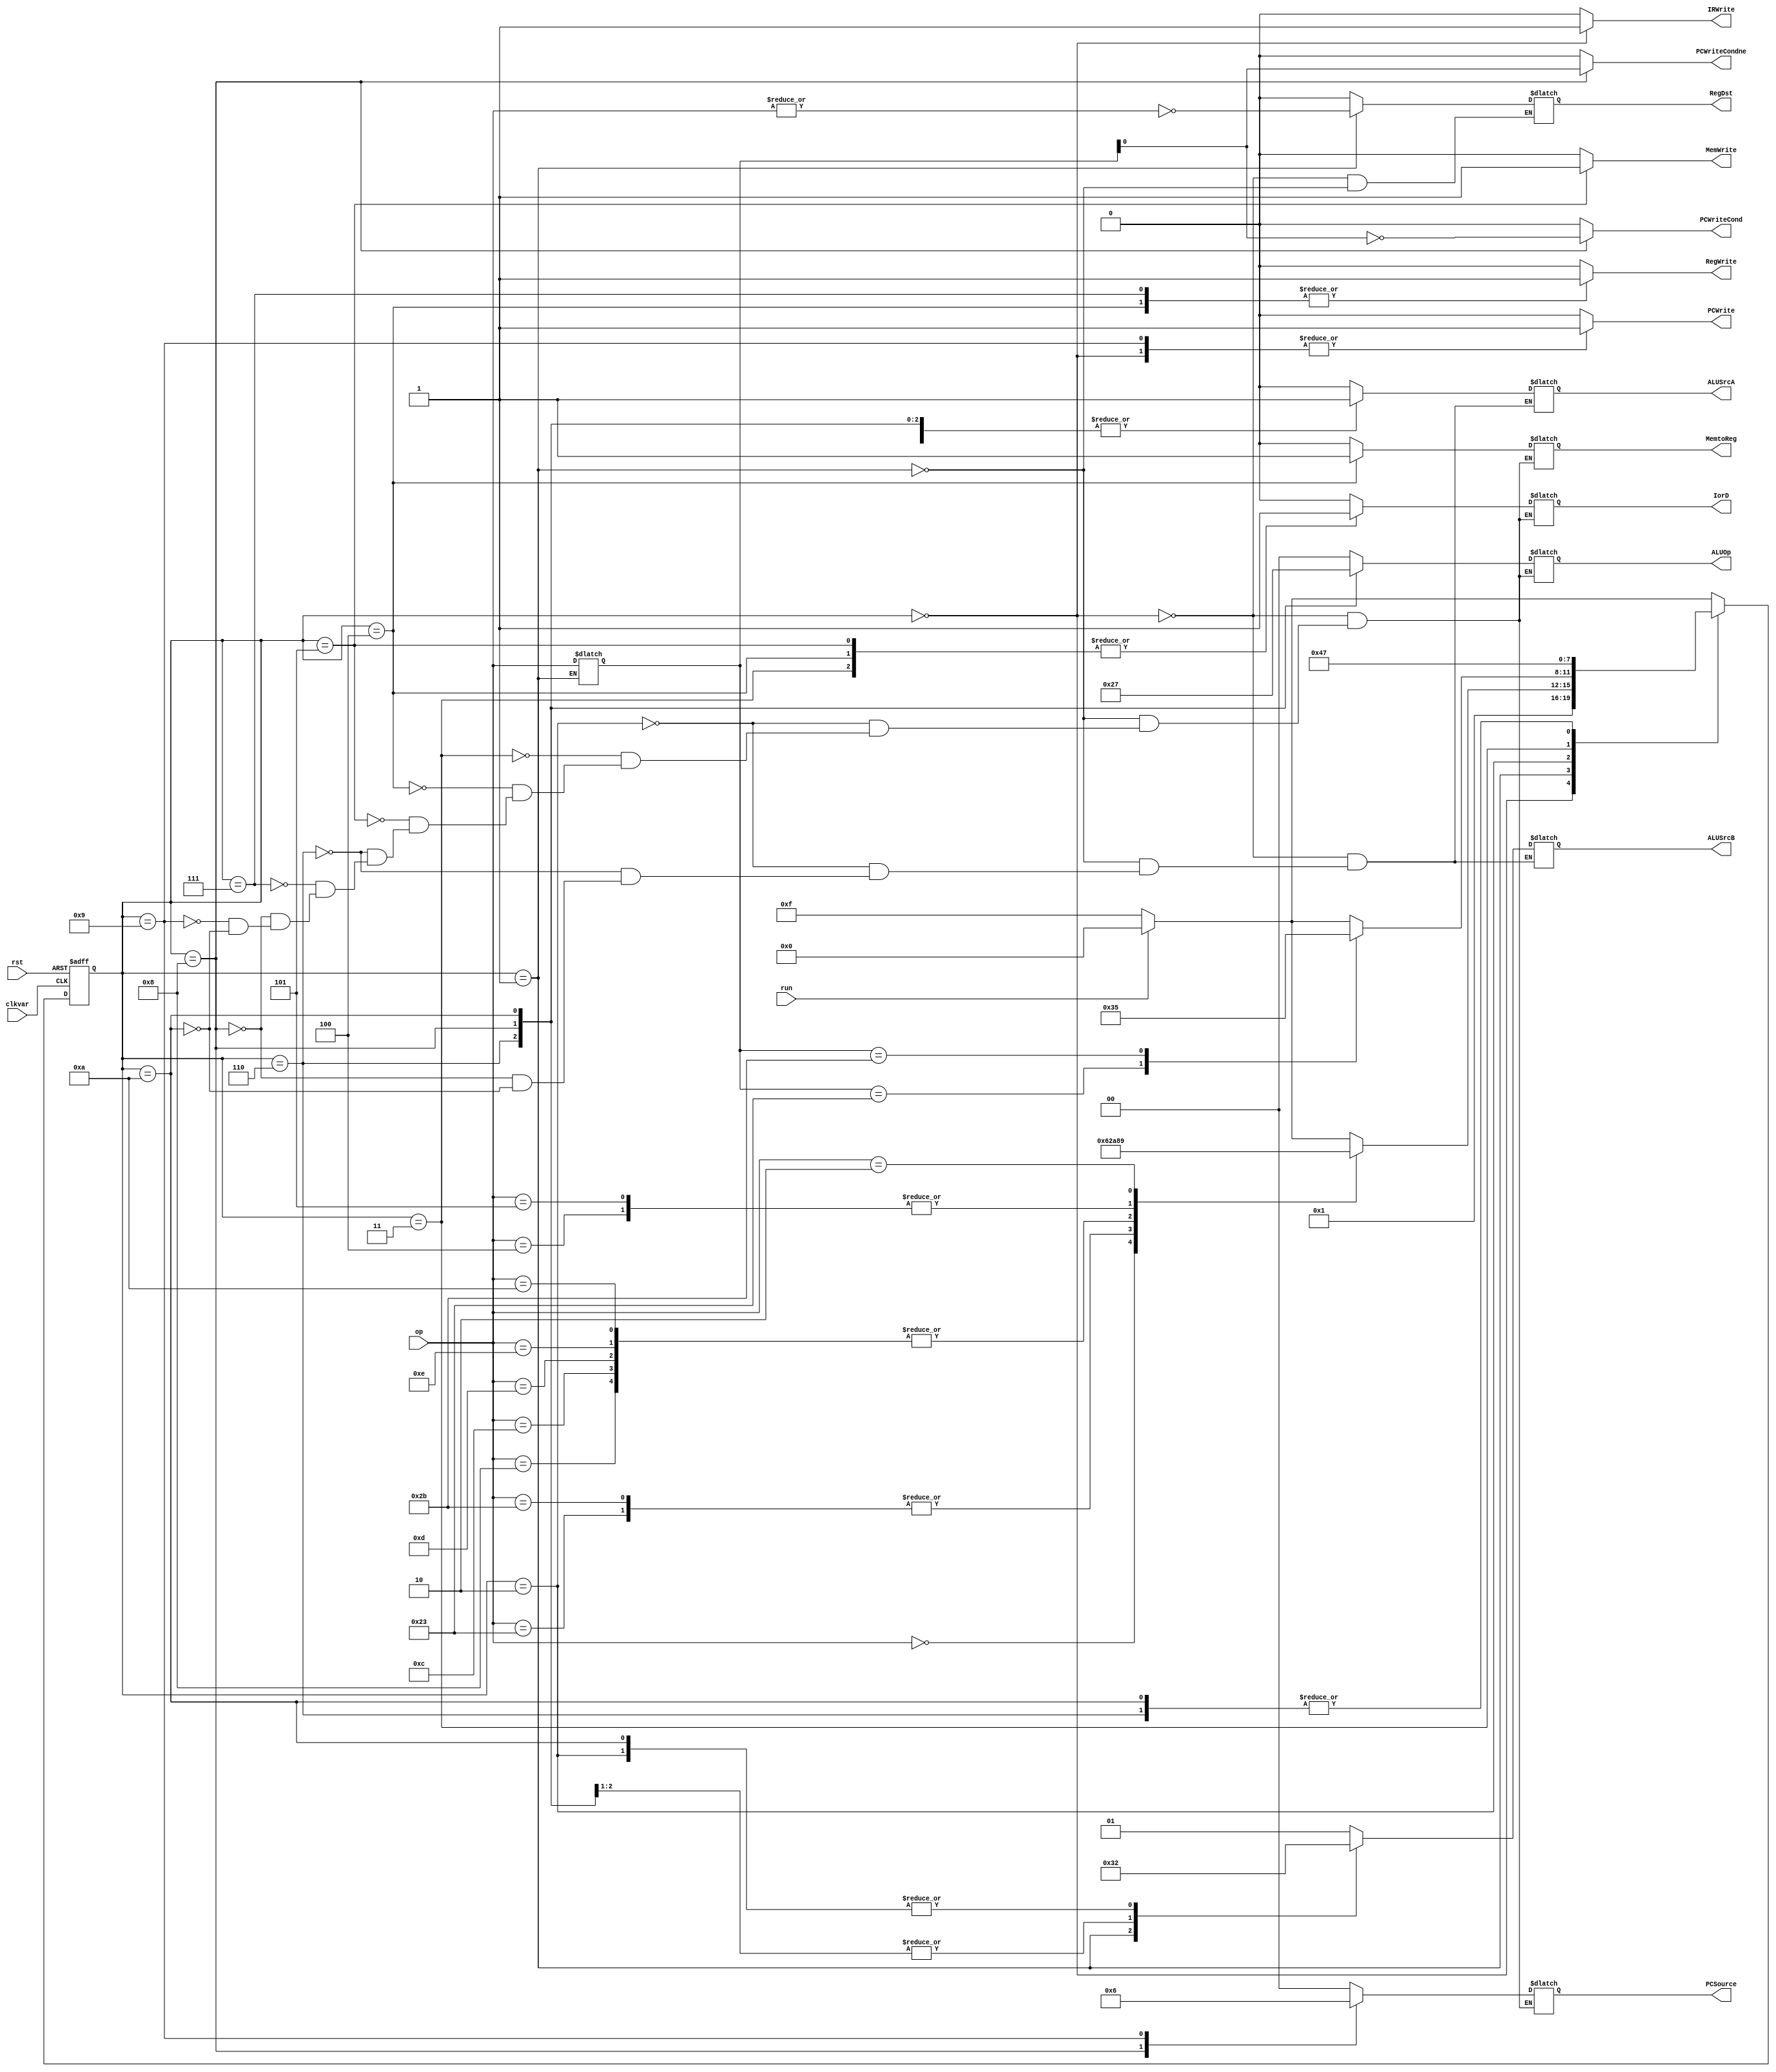
`timescale 1ns / 1ps
//////////////////////////////////////////////////////////////////////////////////
// Company:
// Engineer:
//
// Design Name:
// Module Name: Contral
// Project Name:
// Target Devices:
// Tool Versions:
// Description:
//
// Dependencies:
//
// Revision:
// Revision 0.01 - File Created
// Additional Comments:
//
//////////////////////////////////////////////////////////////////////////////////


module Contral(
    input run,
    input [5:0] op,
    input clkvar,
    input rst,
    output reg PCWriteCond,
    output reg PCWriteCondne,
    output reg PCWrite,
    output reg IRWrite,
    output reg [1:0] ALUOp,
    output reg [1:0] ALUSrcB,
    output reg ALUSrcA,
    output reg RegDst,
    output reg [1:0] PCSource,
    output reg RegWrite,
    output reg IorD,
    //output reg MemRead,
    output reg MemWrite,
    output reg MemtoReg
    );
    reg [3:0] st,nst;
    reg [5:0] opreg;
    parameter RST = 4'b1111;
    always @ (posedge clkvar or posedge rst)
    begin
        if(rst) st<=RST;
        else st<=nst;
    end

    always @ *
    begin
    case(st)
        RST:begin
            PCWriteCond<=0;
            PCWriteCondne<=0;
            PCWrite<=0;
            IRWrite<=0;
            RegWrite<=0;
            MemWrite<=0;
            nst<=run?4'b0000:RST;
        end

        4'b0000:begin  //if
            PCWriteCond<=0;
			PCWriteCondne<=0;
            PCWrite<=1;
            IRWrite<=1;
            ALUSrcA<=0;
            ALUSrcB<=2'b01;
            ALUOp<=2'b00;
            RegDst<=0;//
            PCSource<=2'b00;
            RegWrite<=0;
            IorD<=0;
            MemWrite<=0;
            MemtoReg<=0;//

            nst<=4'b0001;
        end

        4'b0001:begin//id
            PCWriteCond<=0;
			PCWriteCondne<=0;
            PCWrite<=0;
            IRWrite<=0;
            ALUSrcA<=0;
            ALUSrcB<=2'b11;
            ALUOp<=2'b00;
            RegDst<=~|op;//
            PCSource<=2'b00;//
            RegWrite<=0;
            IorD<=0;//
            MemWrite<=0;
            MemtoReg<=0;//

            opreg<=op;
            case(op)
                6'b000000: nst<=4'b0110;//Rtype
                6'b100011: nst<=4'b0010;//lw
                6'b101011: nst<=4'b0010;//sw
                6'b001000: nst<=4'b1010;//addi
                6'b001100: nst<=4'b1010;//andi
                6'b001101: nst<=4'b1010;//ori
                6'b001110: nst<=4'b1010;//xori
                6'b001010: nst<=4'b1010;//slti
                6'b000100: nst<=4'b1000;//beq
                6'b000101: nst<=4'b1000;//bne
                6'b000010: nst<=4'b1001;//j
                default:nst<=run?4'b0000:RST;
            endcase
        end

        4'b0010:begin//ex lwsw
            PCWriteCond<=0;
			PCWriteCondne<=0;
            PCWrite<=0;
            IRWrite<=0;
            ALUSrcA<=1;
            ALUSrcB<=2'b10;
            ALUOp<=2'b00;
            //RegDst<=~|op;//
            PCSource<=2'b00;//
            RegWrite<=0;
            IorD<=0;//
            MemWrite<=0;
            MemtoReg<=0;//

            case(opreg)
                6'b100011: nst<=4'b0011;//lw
                6'b101011: nst<=4'b0101;//sw
                default:nst<=run?4'b0000:RST;
            endcase
        end

        4'b0011:begin//lw mem
            PCWriteCond<=0;
			PCWriteCondne<=0;
            PCWrite<=0;
            IRWrite<=0;
            //ALUSrcA<=1;
            //ALUSrcB<=2'b10;
            ALUOp<=2'b00;//
            //RegDst<=~|op;//
            PCSource<=2'b00;//
            RegWrite<=0;
            IorD<=1;
            MemWrite<=0;
            MemtoReg<=0;//

            nst<=4'b0100;
        end

        4'b0100:begin//lw rb
            PCWriteCond<=0;
			PCWriteCondne<=0;
            PCWrite<=0;
            IRWrite<=0;
            //ALUSrcA<=1;
            //ALUSrcB<=2'b10;
            ALUOp<=2'b00;//
            //RegDst<=~|op;//
            PCSource<=2'b00;//
            RegWrite<=1;
            IorD<=1;//
            MemWrite<=0;
            MemtoReg<=1;//

            nst<=run?4'b0000:RST;
        end

        4'b0101:begin//sw mem
            PCWriteCond<=0;
		    PCWriteCondne<=0;
            PCWrite<=0;
            IRWrite<=0;
            //ALUSrcA<=1;
            //ALUSrcB<=2'b10;
            ALUOp<=2'b00;//
            //RegDst<=~|op;//
            PCSource<=2'b00;//
            RegWrite<=0;
            IorD<=1;
            MemWrite<=1;
            MemtoReg<=0;//

            nst<=run?4'b0000:RST;
        end

        4'b0110:begin//rtype ex
            PCWriteCond<=0;
			PCWriteCondne<=0;
            PCWrite<=0;
            IRWrite<=0;
            ALUSrcA<=1;
            ALUSrcB<=2'b00;
            ALUOp<=2'b10;//
            //RegDst<=~|op;//
            PCSource<=2'b00;//
            RegWrite<=0;
            IorD<=0;//
            MemWrite<=0;
            MemtoReg<=0;//

            nst<=4'b0111;
        end

        4'b0111:begin//rtype wb
            PCWriteCond<=0;
			PCWriteCondne<=0;
            PCWrite<=0;
            IRWrite<=0;
            //ALUSrcA<=1;
            //ALUSrcB<=2'b10;
            ALUOp<=2'b00;//
            //RegDst<=~|op;//
            PCSource<=2'b00;//
            RegWrite<=1;
            IorD<=0;//
            MemWrite<=0;
            MemtoReg<=0;

            nst<=run?4'b0000:RST;
        end

        4'b1000:begin//branch ex
            PCWriteCond<=~(opreg[0]);
            PCWriteCondne<=opreg[0];
            PCWrite<=0;
            IRWrite<=0;
            ALUSrcA<=1;
            ALUSrcB<=2'b00;
            ALUOp<=2'b01;
            //RegDst<=~|op;//
            PCSource<=2'b01;
            RegWrite<=0;
            IorD<=0;//
            MemWrite<=0;
            MemtoReg<=0;//

            nst<=run?4'b0000:RST;
        end

        4'b1001:begin//j ex
            PCWriteCond<=0;
            PCWriteCondne<=0;
            PCWrite<=1;
            IRWrite<=0;
            //ALUSrcA<=1;
            //ALUSrcB<=2'b10;
            ALUOp<=2'b00;//
            //RegDst<=~|op;//
            PCSource<=2'b10;//
            RegWrite<=0;
            IorD<=0;//
            MemWrite<=0;
            MemtoReg<=0;//

            nst<=run?4'b0000:RST;
        end

        4'b1010:begin//addi andi..ex
            PCWriteCond<=0;
            PCWriteCondne<=0;
            PCWrite<=0;
            IRWrite<=0;
            ALUSrcA<=1;
            ALUSrcB<=2'b10;
            ALUOp<=2'b11;//
            //RegDst<=~|op;//
            PCSource<=2'b00;//
            RegWrite<=0;
            IorD<=0;//
            MemWrite<=0;
            MemtoReg<=0;//

            nst<=4'b0111;
        end

        default:begin
            PCWriteCond<=0;
            PCWriteCondne<=0;
            PCWrite<=0;
            IRWrite<=0;
            RegWrite<=0;
            MemWrite<=0;
            nst<=run?4'b0000:RST;
        end
    endcase
    end
endmodule